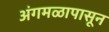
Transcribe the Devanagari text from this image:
अंगमळापासून